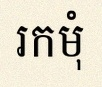
រកមុំ